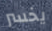
يخسر